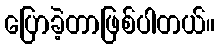
ပြောခဲ့တာဖြစ်ပါတယ်။